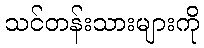
သင်တန်းသားများကို